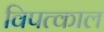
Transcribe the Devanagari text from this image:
विपत्काल